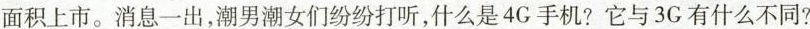
面积上市。消息一出，潮男潮女们纷纷打听，什么是4G手机?它与3G有什么不同?